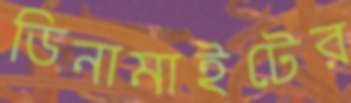
ডিনামাইটের